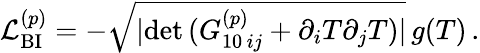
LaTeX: {\cal L}_{\mathrm{BI}}^{(p)}=-\sqrt{|\mathrm{det}\, ({G}_{10\, ij}^{(p)}+\partial_{i}T\partial_{j}T)|}\, g(T)\, .